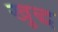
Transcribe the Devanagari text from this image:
खुद्ध